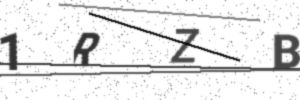
Text: 1RZB